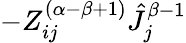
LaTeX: -Z_{ij}^{(\alpha-\beta+1)}\hat{J}_{j}^{\beta-1}